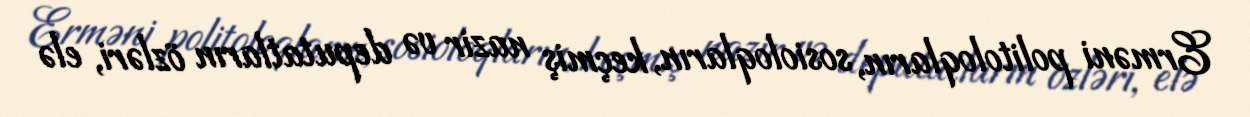
Erməni politoloqların, sosioloqların, keçmiş nazir və deputatların özləri, elə